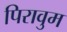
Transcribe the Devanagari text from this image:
पिरावुम